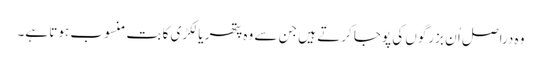
وہ دراصل اُ ن بزرگوں کی پوجا کرتے ہیں جن سے وہ پتھر یا لکڑی کا بت منسوب ہوتا ہے۔